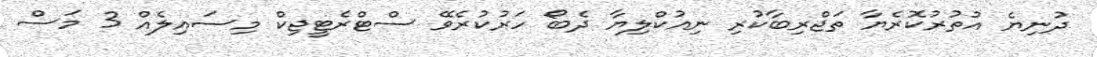
ދުނިޔެ އުތުރުކޮރެޔާ ތަޖްރިބާކުރި ނިއުކްލިޔާ ދެބޯ ހަރުކުރެވޭ ސްޓްރެޓީޖިކް މިސައިލެއް 3 މަސް